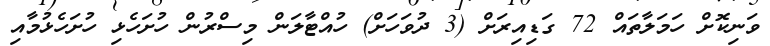
ވަނިކޮށް ހަމަލާތައް 72 ގަޑިއިރަށް (3 ދުވަހަށް) ހުއްޓާލަން މިސްރުން ހުށަހެޅި ހުށަހެޅުމާއި